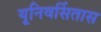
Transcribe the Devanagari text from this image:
यूनिवर्सितास